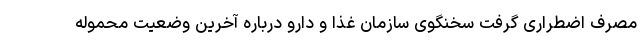
مصرف اضطراری گرفت سخنگوی سازمان غذا و دارو درباره آخرین وضعیت محموله